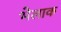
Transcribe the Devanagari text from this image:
भेलाक